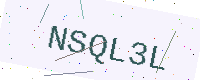
Text: NSQL3L